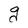
Character: g